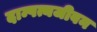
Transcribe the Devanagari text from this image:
दाम्पत्यजीवन